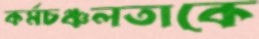
কর্মচঞ্চলতাকে